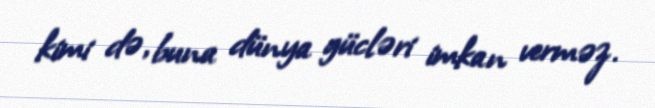
kimi də, buna dünya gücləri imkan verməz.